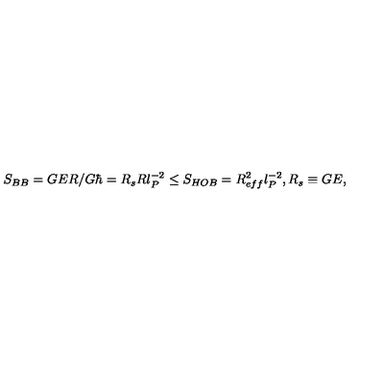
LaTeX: S _ { B B } = G E R / G \hbar = R _ { s } R l _ { P } ^ { - 2 } \le S _ { H O B } = R _ { e f f } ^ { 2 } l _ { P } ^ { - 2 } , R _ { s } \equiv G E ,